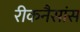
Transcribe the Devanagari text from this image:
रीकनैसांस